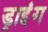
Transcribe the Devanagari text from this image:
ड्राइंंग